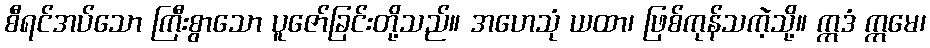
စီရင်အပ်သော ကြီးစွာသော ပူဇော်ခြင်းတို့သည်။ အဟေသုံ ယထာ၊ ဖြစ်ကုန်သကဲ့သို့။ ဣဒံ ဣမေ၊